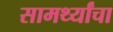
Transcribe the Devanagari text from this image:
सामर्थ्यांचा